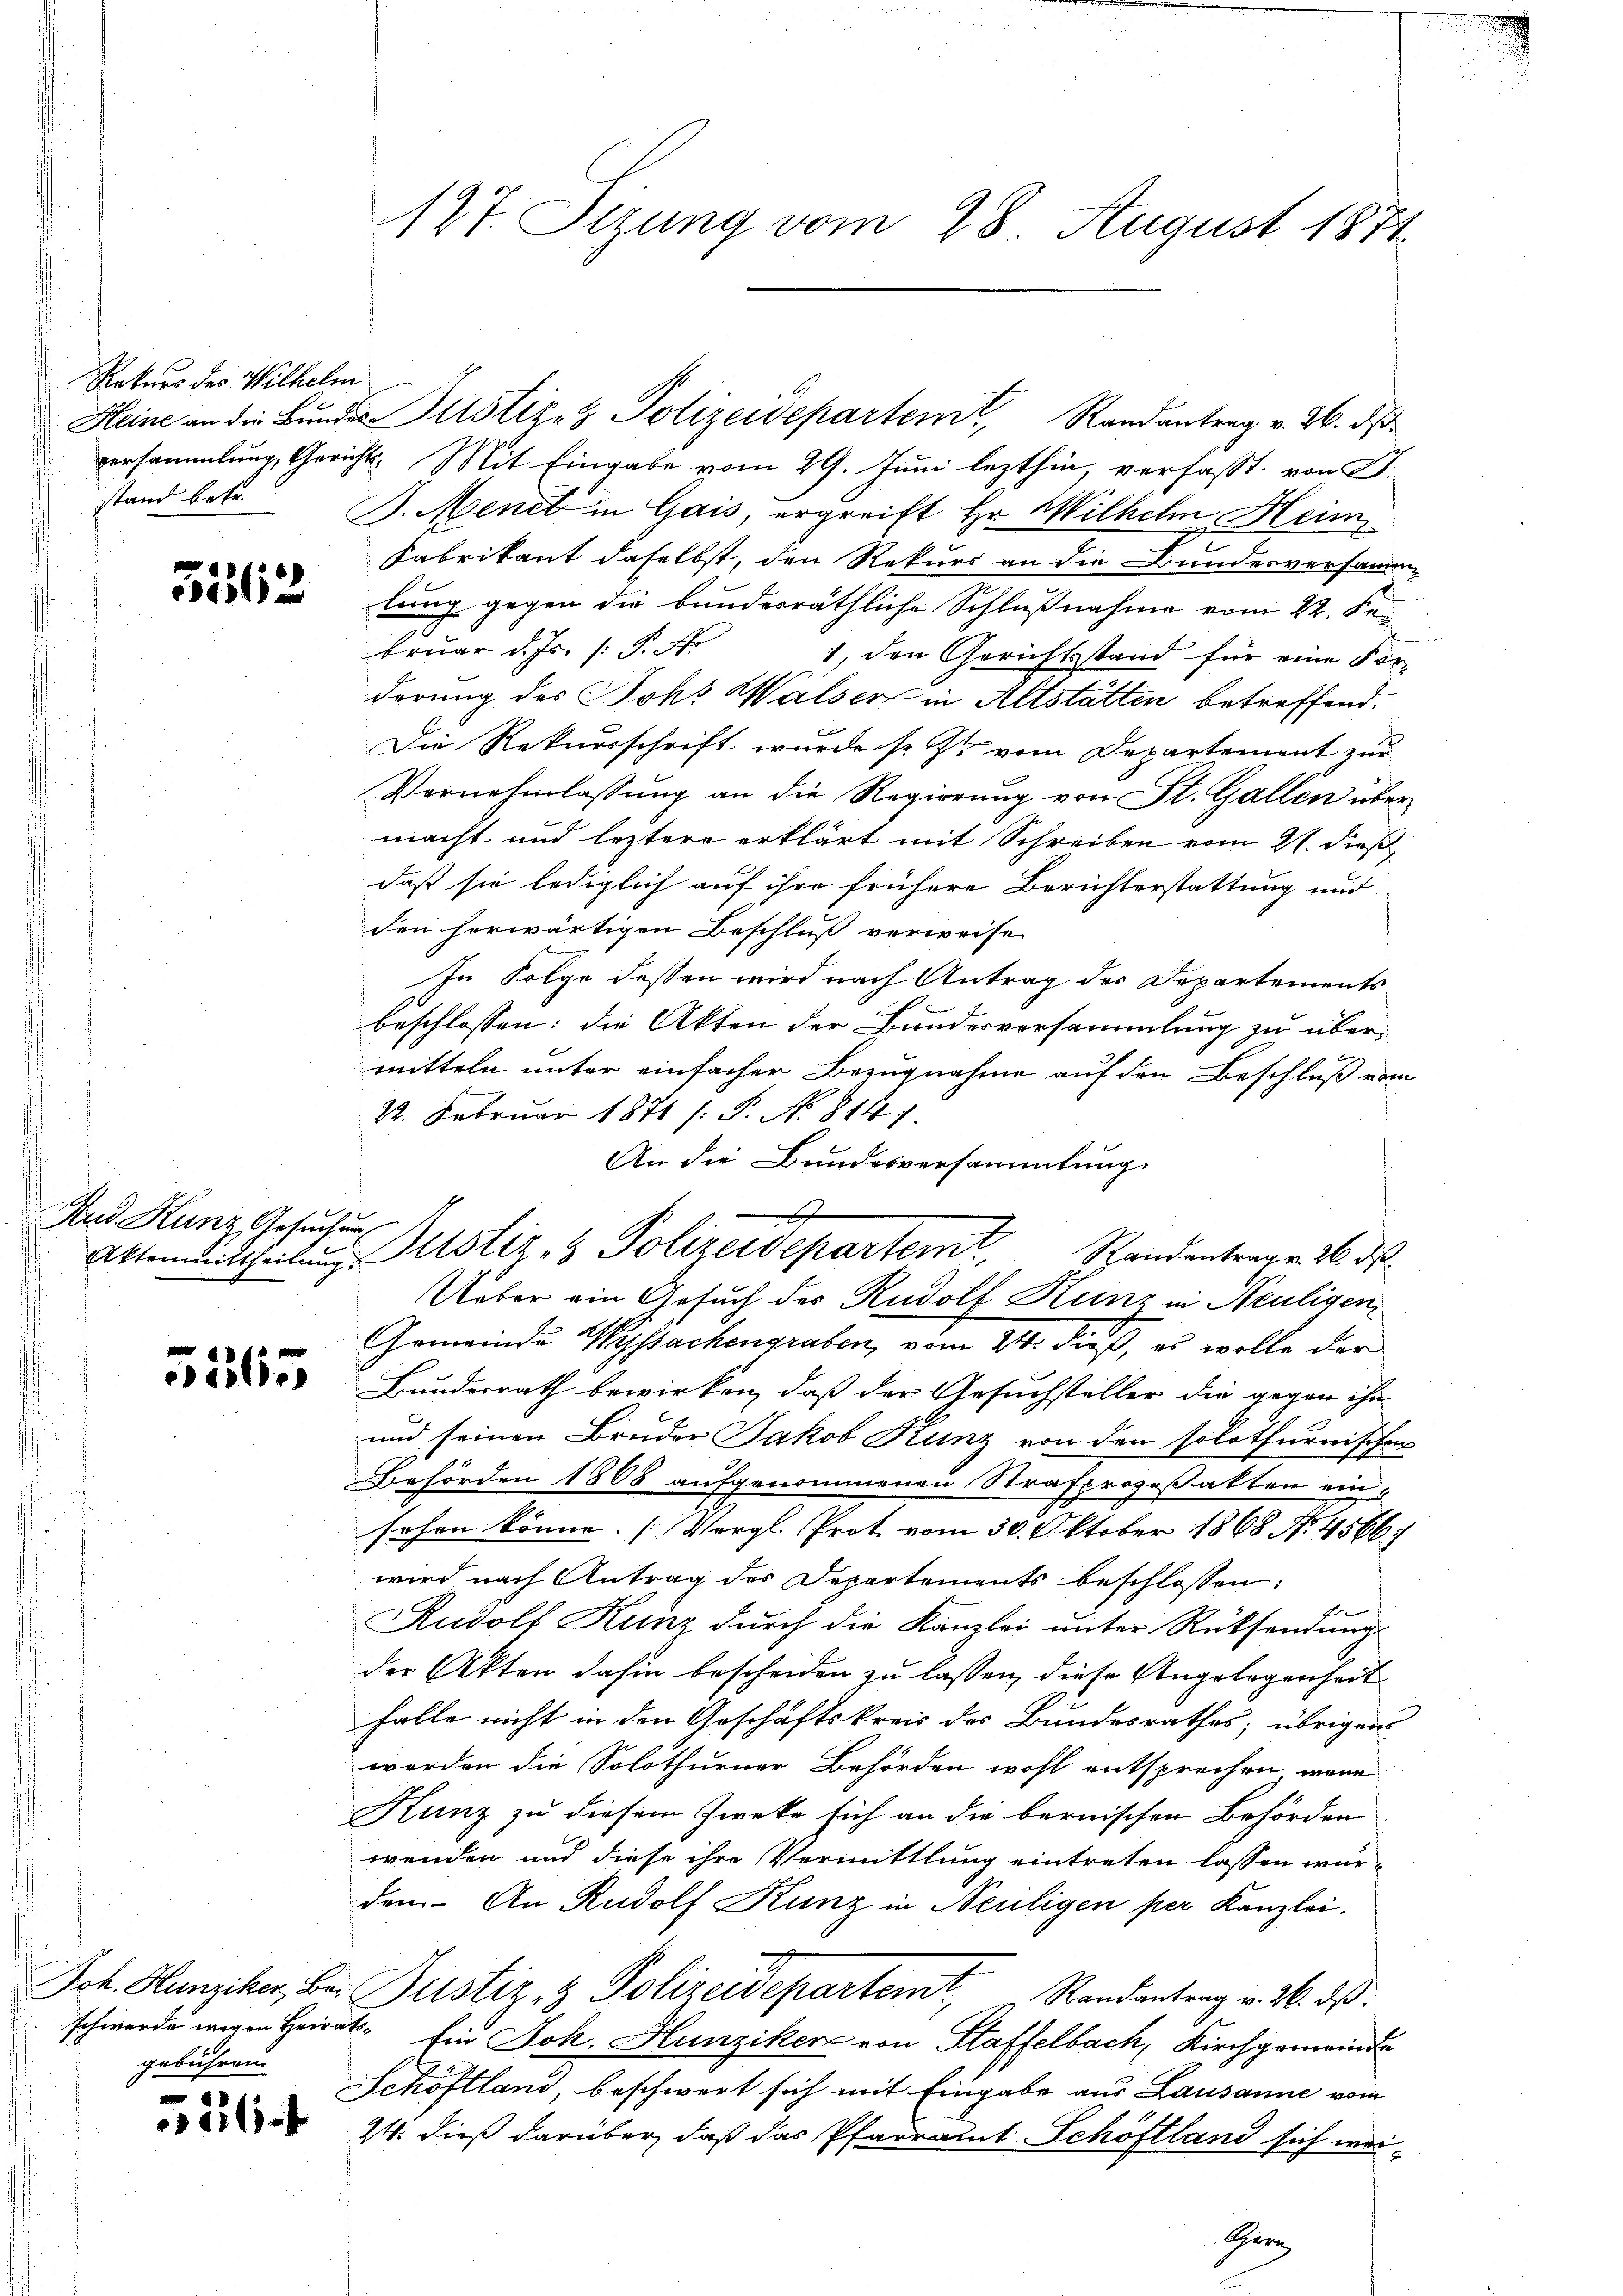
Rekurs des Wilhelm
stand betr.

5512

Rus Kunz Gesuchung

5565

gebühren

1
r

127. Stzung vom 28 August 1871.

versammlung, Gericht. Mit Eingabe vom 29. Juni lezthin, verfasst von F.
J. Menet in Gais, ergreift Hr. Wilhelm Heim
Fabrikant daselbst, den Rekurs an die Bundesversamm-
lung gegen die bundesräthliche Schlußnahme vom 22. Februar d. Js. (: P. Nr
1, den Gerichtsstand für eine For-
derung des Johs. Walser in Altstätten betreffend.
Die Rekursschrift wurde sr. Zt. vom Departement zur
Vornehmlassung an die Regierung von St. Gallen über
macht und leztere erklärt mit Schreiben vom 21. dieß,
daß sie lediglich auf ihre frühere Berichterstattung und
den herwärtigen Beschluß verweise
In Folge dessen wird nach Antrag der Departements
beschlossen: die Akten der Bundesversammlung zu übermitteln unter einfacher Bezugnahme auf den Beschluß vom
22. Februar 1871. /: P. No. 814 f.
An die Bundesversammlung.
Ueber ein Gesuch des Rudolf Kunz in Neuligen
Gemeinde Wyssachengraben, vom 24. dieß, es wolle der
Bundesrath bewirken, daß der Gesuchsteller die gegen ihn
und seinen Bruder Jakob Kunz von den solothurnischen
Behörden 1808 aufgenommenen Strafprozeßakten einsehen könne. (Vergl. Prot vom 30. Oktober 1868 No. 4566.
wird nach Antrag des Departements beschlossen:
Rudolf Kunz durch die Kanzlei unter Rücksendung
der Akten dahin bescheiden zu lassen, diese Angelegenheit
falle nicht in den Geschäftskreis des Bundesrathes; übrigens
werden die Solothurner Behörden wohl entsprechen, wenn
Hunz zu diesem Zwecke sich an die bernischen Behörden
wenden und diese ihre Vermittlung eintreten lassen wür-
dem. An Rudolf Kunz in Neuligen per Kanzlei.
Jok. Hunziker, bei Justiz & Polizeidepartemt, Randantrag v. 26. ds.
schwerde wegen Heirat. Ein Jok. Hunziker von Staffelbach, Kirchgemeinde
Schöftland, beschwert sich mit Eingabe aus Lausanne vom
14. dieß darüber, daß das Pfarramt Schöftland sich wei¬
Her

Hleine an die Bŭndes Justiz & Polizeidepartem Randantrag v. 26. dβ

h
Aktenmittheilung stiz- & Polizeidepartemt, Randantrag v. 26. ds.